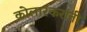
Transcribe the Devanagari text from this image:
कोलारकरांनी